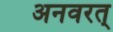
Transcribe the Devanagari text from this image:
अनवरत्